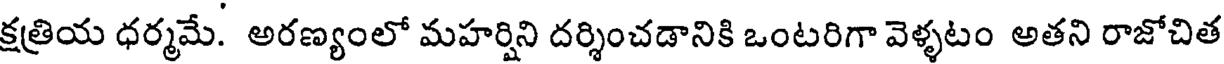
క్షత్రియ ధర్మమే. అరణ్యంలో మహర్షిని దర్శించడానికి ఒంటరిగా వెళ్ళటం అతని రాజోచిత